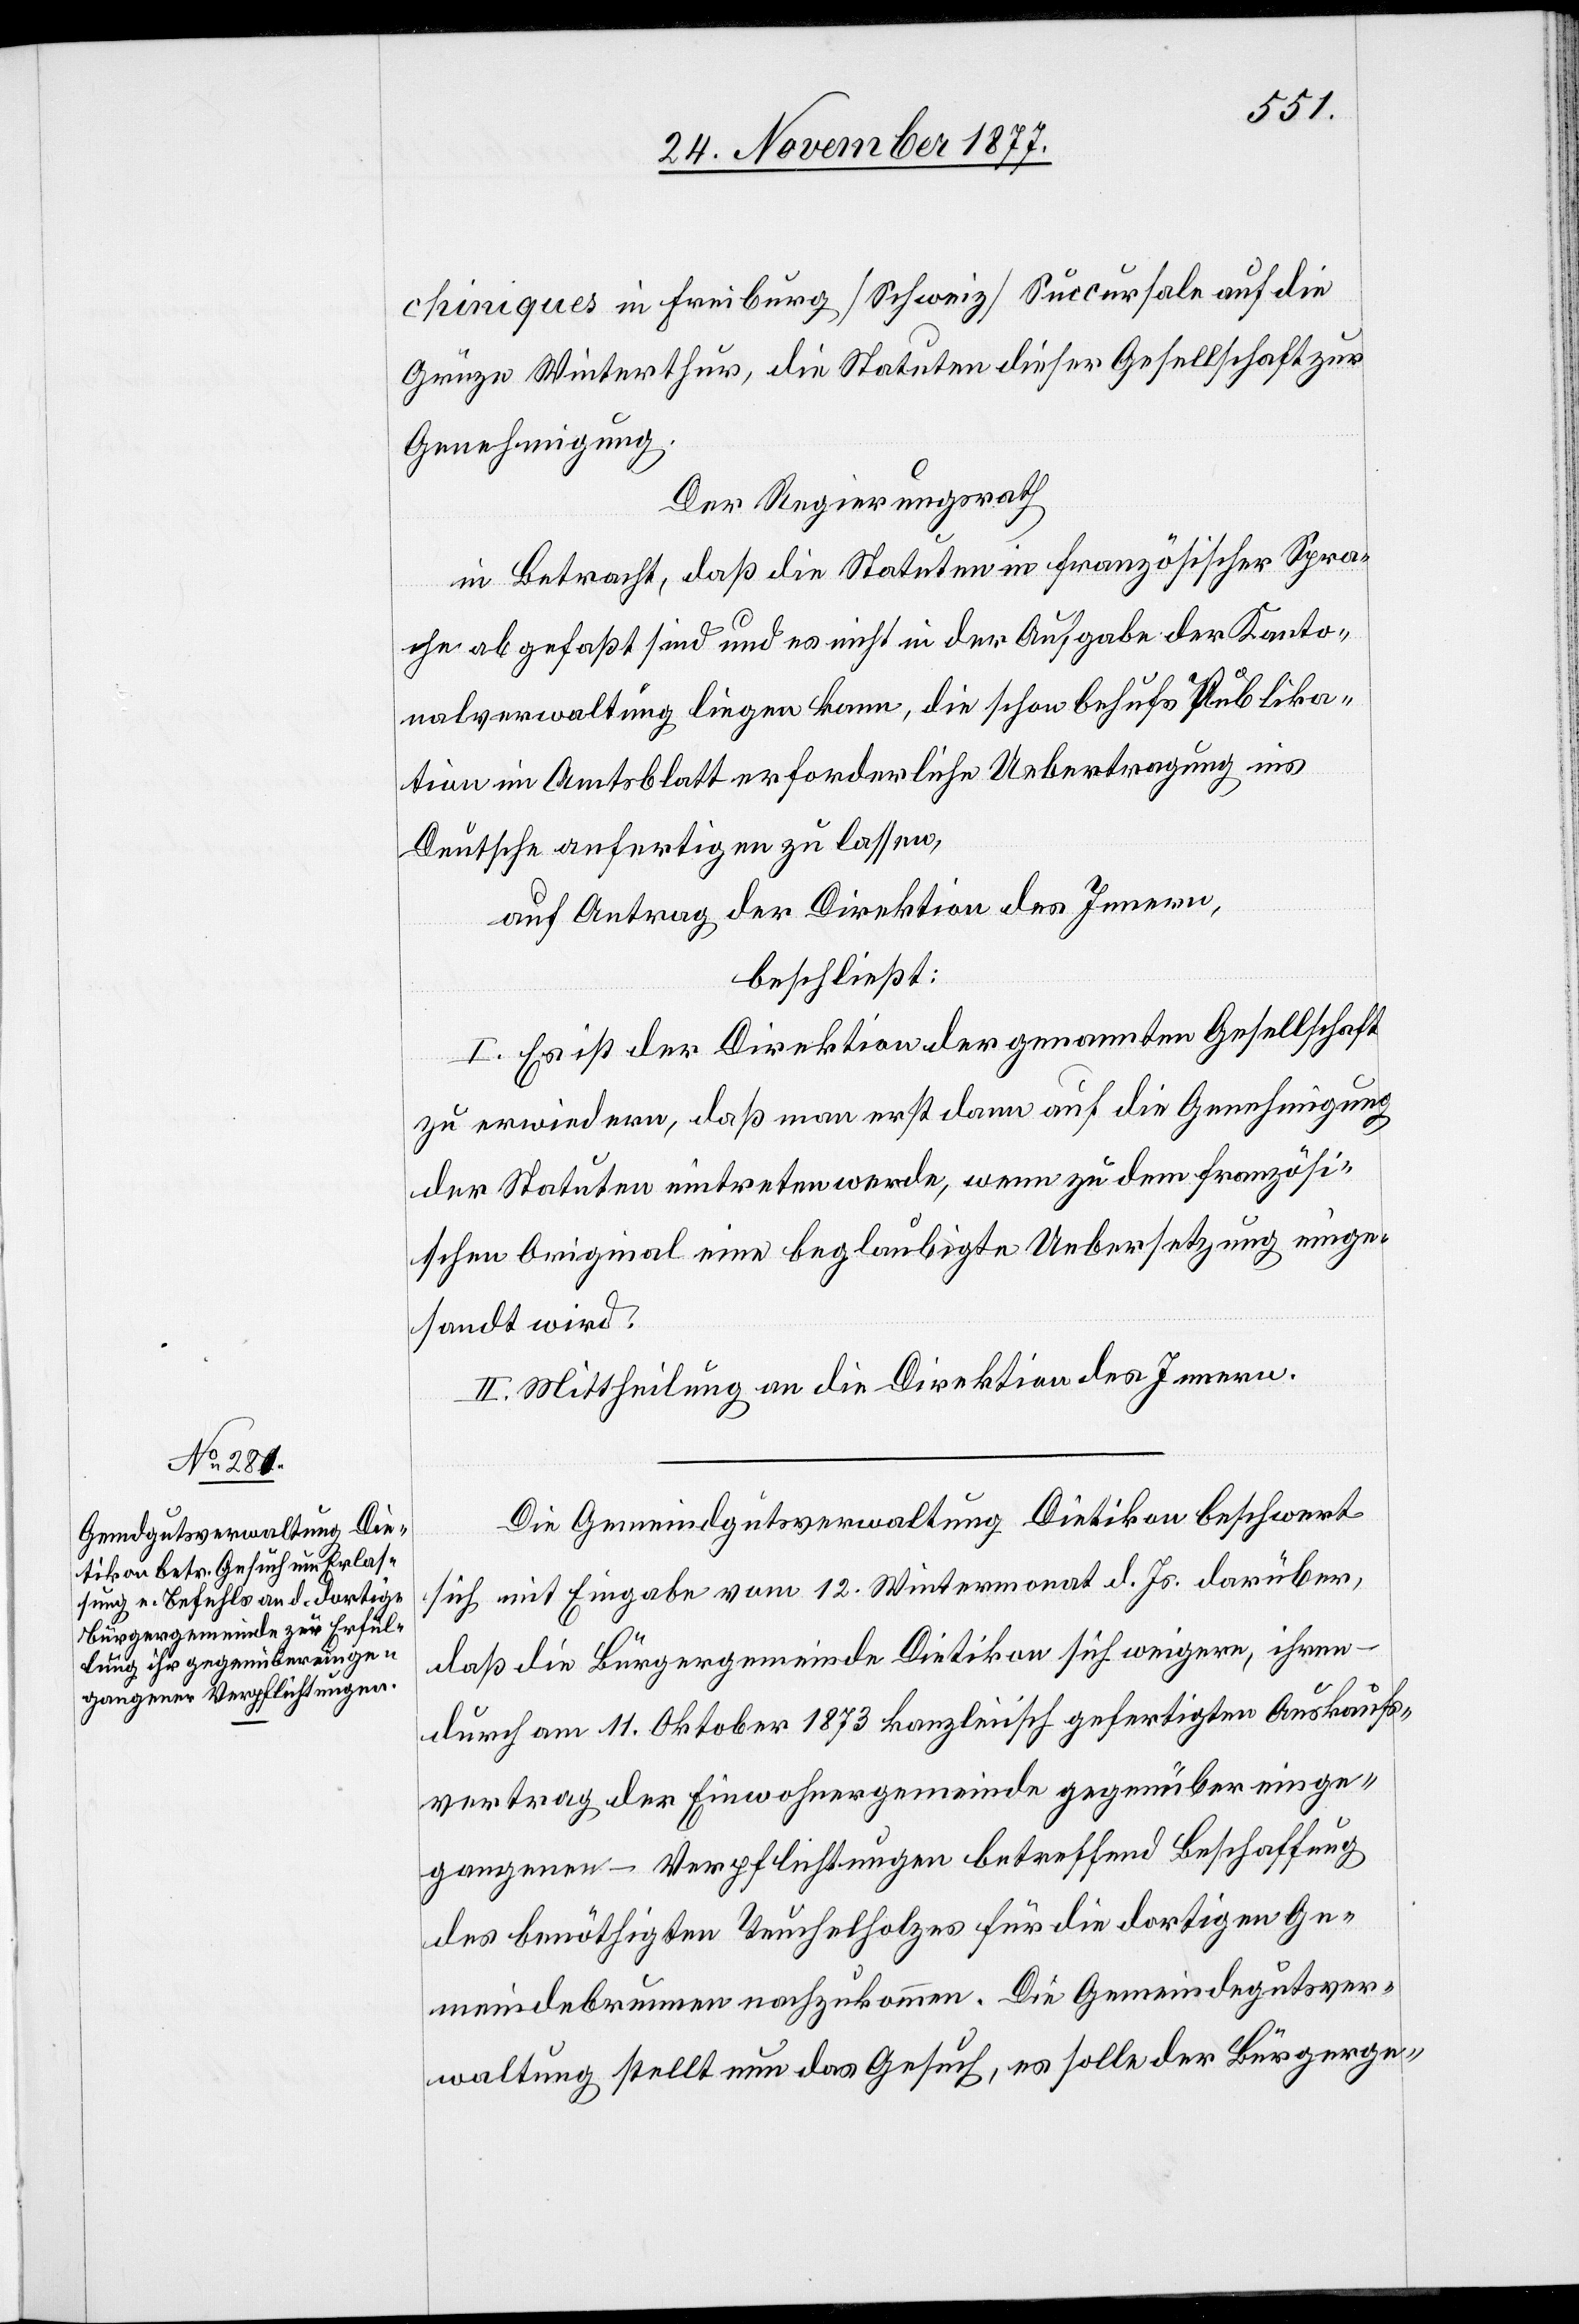
chimiques] in Freiburg [Schweiz] Succursale auf die
Grüze Winterthur, die Statuten dieser Gesellschaft zur
Genehmigung.
Der Regierungsrath
in Betracht, daß die Statuten in französischer Spra¬
che abgefaßt sind und es nicht in der Aufgabe der Kanto¬
nalverwaltung liegen kann, die schon behufs Publika¬
tion im Amtsblatt erforderliche Uebertragung ins
Deutsche anfertigen zu lassen,
auf Antrag der Direktion des Innern,
beschließt:
I. Es ist der Direktion der genannten Gesellschaft
zu erwiedern, daß man erst dann auf die Genehmigung
der Statuten eintreten werde, wenn zu dem französi¬
schen Original eine beglaubigte Uebersetzung einge¬
sandt wird.
II. Mittheilung an die Direktion des Innern.
Die Gemeindgutsverwaltung Dietikon beschwert
sich mit Eingabe vom 12. Wintermonat d. Js. darüber,
daß die Bürgergemeinde Dietikon sich weigere, ihren
durch am 11. Oktober 1873 kanzleiisch gefertigten Auskaufs¬
vertrag der Einwohnergemeinde gegenüber einge¬
gangenen – Verpflichtungen betreffend Beschaffung
des benöthigten Teuchelholzes für die dortigen Ge¬
meindebrunnen nachzukommen. Die Gemeindegutsver¬
waltung stellt nun das Gesuch, es solle der Bürgerge-